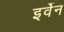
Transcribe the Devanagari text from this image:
इर्वेन